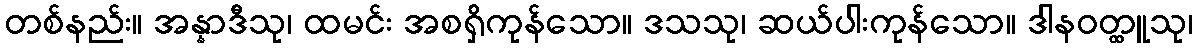
တစ်နည်း။ အန္နာဒီသု၊ ထမင်း အစရှိကုန်သော။ ဒသသု၊ ဆယ်ပါးကုန်သော။ ဒါနဝတ္ထူသု၊